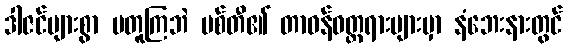
ဒါဇင်များစွာ မတူကြဘဲ ပစ်တီ၏ တာဝန်ဝတ္တရားများမှာ နံဘေးနားတွင်